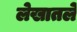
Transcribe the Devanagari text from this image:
लेखातले